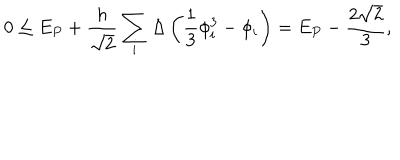
0 \leq E _ { P } + \frac { h } { \sqrt { 2 } } \sum _ { i } \Delta \left( \frac { 1 } { 3 } \phi _ { i } ^ { 3 } - \phi _ { i } \right) = E _ { P } - \frac { 2 \sqrt { 2 } } { 3 } ,